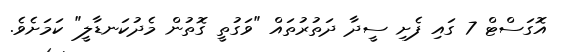
އޮގަސްޓް 7 ގައި ފެށި ސީދާ ދަތުރުތައް "ވަގުތީ ގޮތުން މެދުކަނޑާލީ" ކަމަށެވެ.